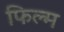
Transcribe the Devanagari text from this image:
फिल्‍म्‍ा